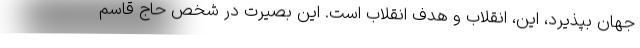
جهان بپذیرد، این، انقلاب و هدف انقلاب است. این بصیرت در شخص حاج قاسم